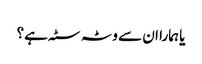
یا ہمارا ان سے وٹہ سٹہ ہے؟